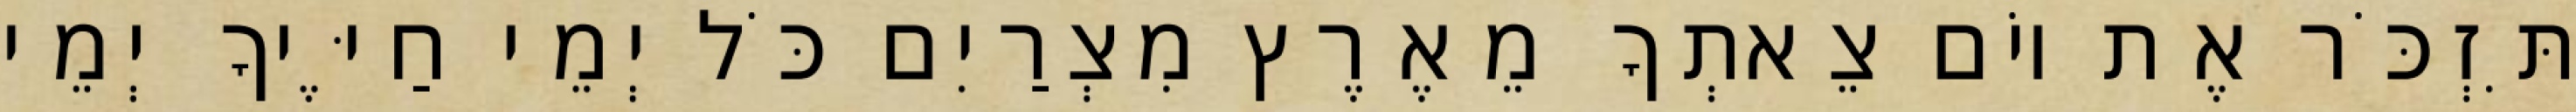
תִּזְכֹּר אֶת יוֹם צֵאתְךָ מֵאֶרֶץ מִצְרַיִם כֹּל יְמֵי חַיֶּיךָ יְמֵי